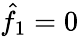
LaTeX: \hat{f}_{1}=0